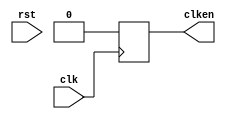
module clken_gen #(
  parameter DIV_RATIO = 16
)(
  input clk,
  input rst,
  output clken
);

parameter WIDTH = $clog2(DIV_RATIO);

reg clken;
reg [(WIDTH-1):0] cnt;

always @(posedge clk) begin
  if(rst == 1) begin
    cnt <= 8'b0;
    clken <= 0;
  end else begin
    if(cnt == DIV_RATIO) begin
      cnt <= 8'b0;
      clken <= 1;
    end else begin
      clken <= 0;
      cnt <= cnt + 1;
    end
  end
end

endmodule